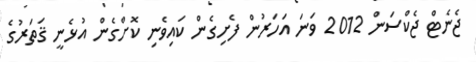
ޖެނެޓް ޖެކްސަން 2012 ވަނަ އަހަރުން ފެށިގެން ކައިވެނި ކޮށްގެން އުޅެނީ ޤަތަރުގެ